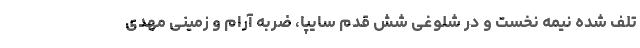
تلف شده نیمه نخست و در شلوغی شش قدم سایپا، ضربه آرام و زمینی مهدی